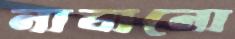
নাবানো